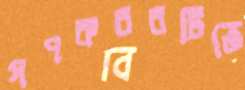
গণকবরটিতে